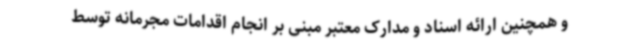
و همچنین ارائه اسناد و مدارک معتبر مبنی بر انجام اقدامات مجرمانه توسط